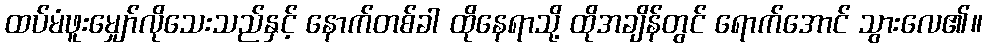
ထပ်မံဖူးမျှော်လိုသေးသည်နှင့် နောက်တစ်ခါ ထိုနေရာသို့ ထိုအချိန်တွင် ရောက်အောင် သွားလေ၏။